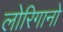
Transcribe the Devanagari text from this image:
लोरिगानो